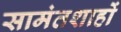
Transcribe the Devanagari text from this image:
सामंतशाहों